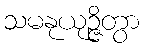
သမနုယုဉ္ဇိတွာ